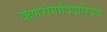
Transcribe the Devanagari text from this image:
ऋणरोगादिदारिद्रयं